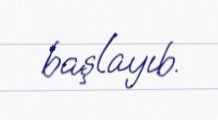
başlayıb.